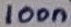
Text: 100n